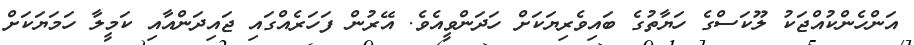
އަންހެންކުއްޖަކު ލޫކަސްގެ ހަޔާތުގެ ބައިވެރިޔަކަށް ހަދަންވީއެވެ. އޭރުން ފަހަރެއްގައި ޖައިދަންއާއި ކަމީލާ ހަމަޔަކަށް